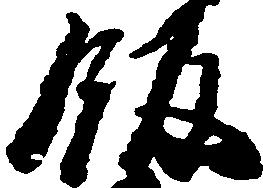
飯